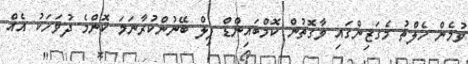
ވުމެން ހެލްތު މެގަޒިންގައި ވާގޮތުން ކޮމްބައިންޑް ޕިލް ބޭނުންކުރާނަމަ ކޮންމެ ދުވަހަކު އެއް